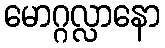
မောဂ္ဂလ္လာနော